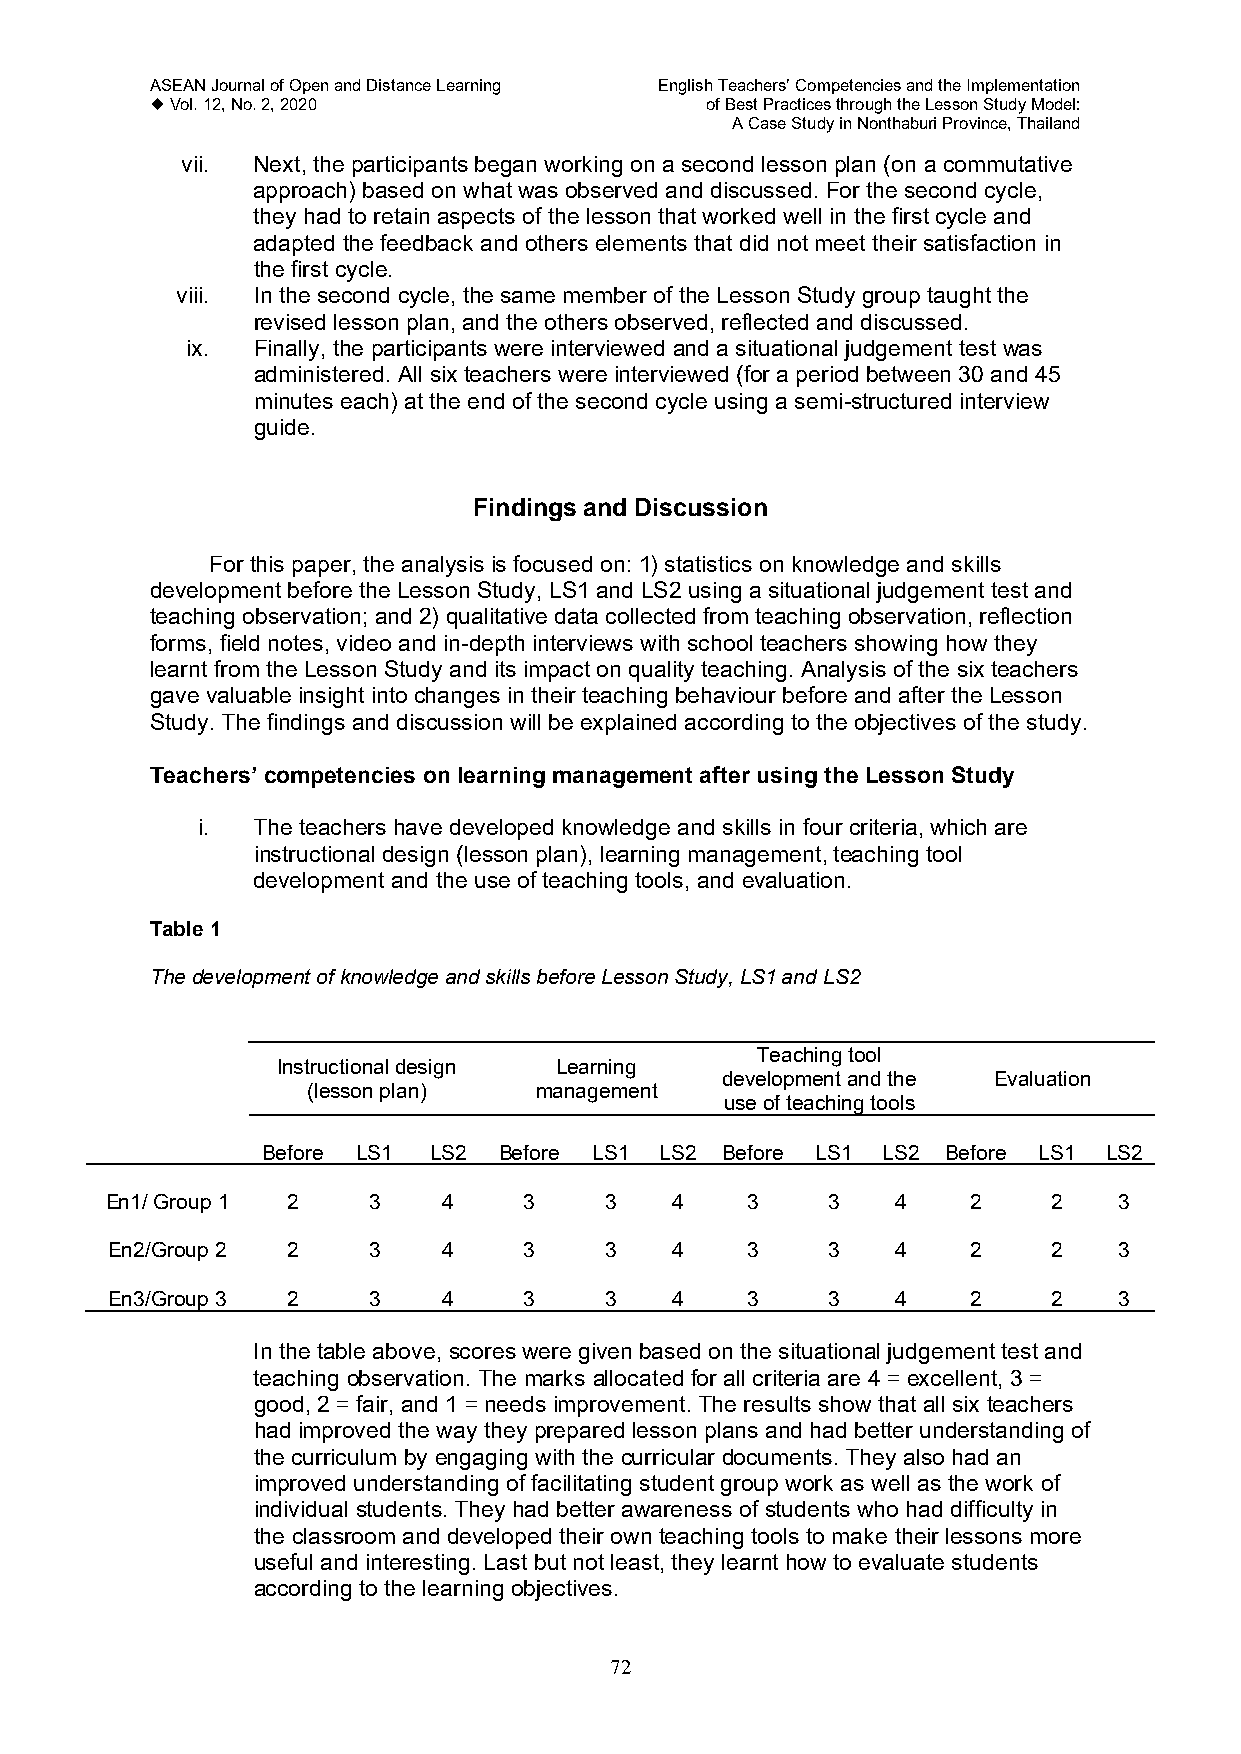
ASEAN Journal of Open and Distance Learning English Teachers’ Competencies and the Implementation
  Vol. 12, No. 2, 2020               of Best Practices through the Lesson Study Model:
 A Case Study in Nonthaburi Province, Thailand
 vii. Next, the participants began working on a second lesson plan (on a commutative
 approach) based on what was observed and discussed. For the second cycle,
 they had to retain aspects of the lesson that worked well in the first cycle and
 adapted the feedback and others elements that did not meet their satisfaction in
 the first cycle.
 viii. In the second cycle, the same member of the Lesson Study group taught the
 revised lesson plan, and the others observed, reflected and discussed.
 ix.  Finally, the participants were interviewed and a situational judgement test was
 administered. All six teachers were interviewed (for a period between 30 and 45
 minutes each) at the end of the second cycle using a semi-structured interview
 guide.
 Findings and Discussion
 For this paper, the analysis is focused on: 1) statistics on knowledge and skills
 development before the Lesson Study, LS1 and LS2 using a situational judgement test and
 teaching observation; and 2) qualitative data collected from teaching observation, reflection
 forms, field notes, video and in-depth interviews with school teachers showing how they
 learnt from the Lesson Study and its impact on quality teaching. Analysis of the six teachers
 gave valuable insight into changes in their teaching behaviour before and after the Lesson
 Study. The findings and discussion will be explained according to the objectives of the study.
 Teachers’ competencies on learning management after using the Lesson Study
 i.  The teachers have developed knowledge and skills in four criteria, which are
 instructional design (lesson plan), learning management, teaching tool
 development and the use of teaching tools, and evaluation.
 Table 1
 The development of knowledge and skills before Lesson Study, LS1 and LS2
 Teaching tool
 Instructional design Learning
 development and the Evaluation
 (lesson plan)  management
 use of teaching tools
 Before LS1 LS2  Before LS1 LS2 Before LS1 LS2 Before LS1 LS2
 En1/ Group 1 2   3    4     3    3   4    3     3   4    2     2   3
 En2/Group 2 2    3    4     3    3   4    3     3   4    2     2   3
 En3/Group 3 2    3    4     3    3   4    3     3   4    2     2   3
 In the table above, scores were given based on the situational judgement test and
 teaching observation. The marks allocated for all criteria are 4 = excellent, 3 =
 good, 2 = fair, and 1 = needs improvement. The results show that all six teachers
 had improved the way they prepared lesson plans and had better understanding of
 the curriculum by engaging with the curricular documents. They also had an
 improved understanding of facilitating student group work as well as the work of
 individual students. They had better awareness of students who had difficulty in
 the classroom and developed their own teaching tools to make their lessons more
 useful and interesting. Last but not least, they learnt how to evaluate students
 according to the learning objectives.
 72